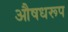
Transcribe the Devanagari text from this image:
औषधरूप